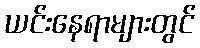
ယင်းနေရာများတွင်